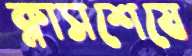
ক্লাসশেষে